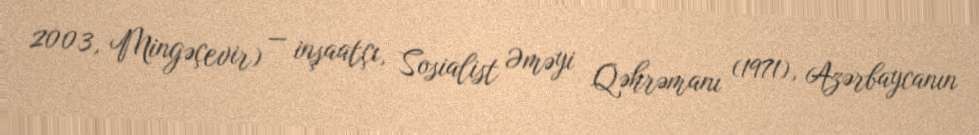
2003, Mingəçevir) — inşaatçı, Sosialist Əməyi Qəhrəmanı (1971), Azərbaycanın